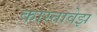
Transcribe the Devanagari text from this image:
कास्तावेझ